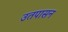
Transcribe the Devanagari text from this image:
उतपासन